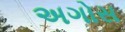
અગોસ